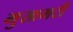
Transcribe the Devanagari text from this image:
मुखभरी